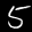
Label: 5